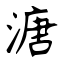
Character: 溏